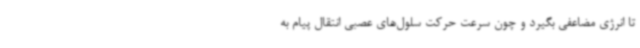
تا انرژی مضاعفی بگیرد و چون سرعت حرکت سلول‌های عصبی انتقال پیام به